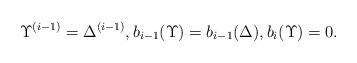
LaTeX: \begin{align*}\Upsilon^{(i-1)}=\Delta^{(i-1)}, b_{i-1} (\Upsilon)=b_{i-1} (\Delta),b_{i}(\Upsilon)=0.\end{align*}